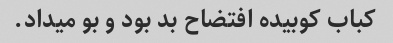
کباب کوبیده افتضاح بد بود و بو میداد.